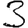
Digit: 3